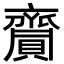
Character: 齎